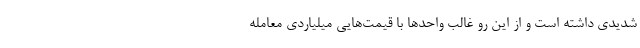
شدیدی داشته است و از این رو غالب واحدها با قیمت‌هایی میلیاردی معامله